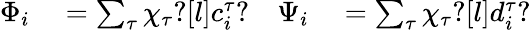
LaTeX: \begin{array}{rlrl}{\Phi_{i}}&{{}=\sum_{\tau}\chi_{\tau}?[l]c_{i}^{\tau}?}&{\Psi_{i}}&{{}=\sum_{\tau}\chi_{\tau}?[l]d_{i}^{\tau}?}\end{array}